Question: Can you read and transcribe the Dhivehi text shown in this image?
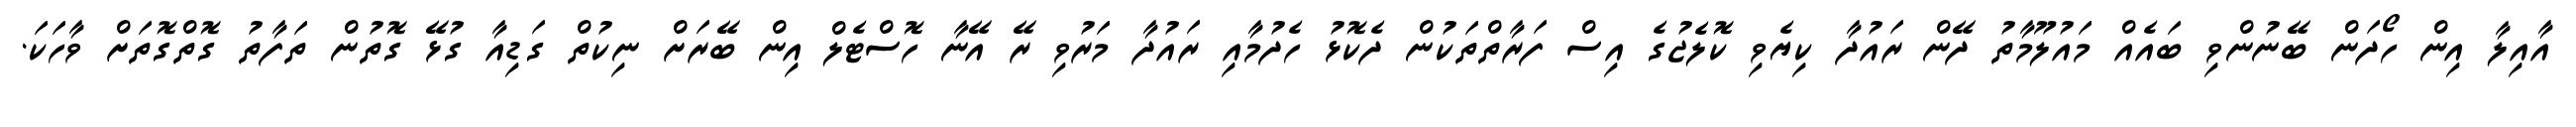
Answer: އާއިލާ އިން ހޯދަން ބޭނުންވި ބައެއް މައުލޫމާތު ދޭން ރައުދާ ކިޔެވި ކޮލެޖުގެ އިސް ފަރާތްތަކުން ދެކޮޅު ހެދުމާއި ރައުދާ މަރުވި ރޭ އޭނާ ހޮސްޓެލް އިން ބޭރަށް ނިކުތް ގަޑިއާ ގުޅޭ ގޮތުން ތަފާތު ގޮތްގޮތަށް ވާހަކަ.